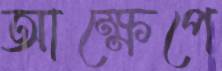
আক্ষেপে